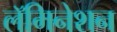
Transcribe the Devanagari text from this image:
लॅमिनेशन